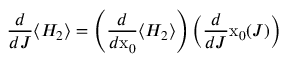
\frac { d } { d J } \langle H _ { 2 } \rangle = \left( \frac { d } { d \mathrm { x } _ { 0 } } \langle H _ { 2 } \rangle \right) \left( \frac { d } { d J } \mathrm { x } _ { 0 } ( J ) \right)